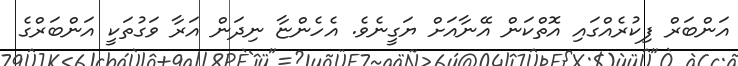
އަންބަރް ފިކުރެއްގައި އޮތްކަން އޭނާއަށް ޔަގީނެވެ. އެހެންޏާ ނިދަން އަރާ ވަގުތަކީ އަންބަރްގެ